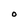
Character: O